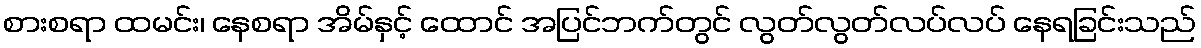
စားစရာ ထမင်း၊ နေစရာ အိမ်နှင့် ထောင် အပြင်ဘက်တွင် လွတ်လွတ်လပ်လပ် နေရခြင်းသည်